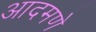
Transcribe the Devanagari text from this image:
आदमणे